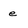
Character: e